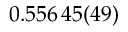
0 . 5 5 6 \, 4 5 ( 4 9 )